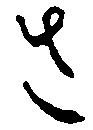
さ